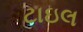
ટાઇલ